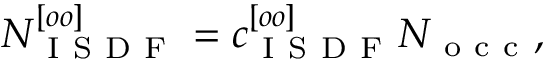
N _ { \mathrm { ~ I ~ S ~ D ~ F ~ } } ^ { [ o o ] } = c _ { \mathrm { ~ I ~ S ~ D ~ F ~ } } ^ { [ o o ] } N _ { \mathrm { ~ o ~ c ~ c ~ } } ,